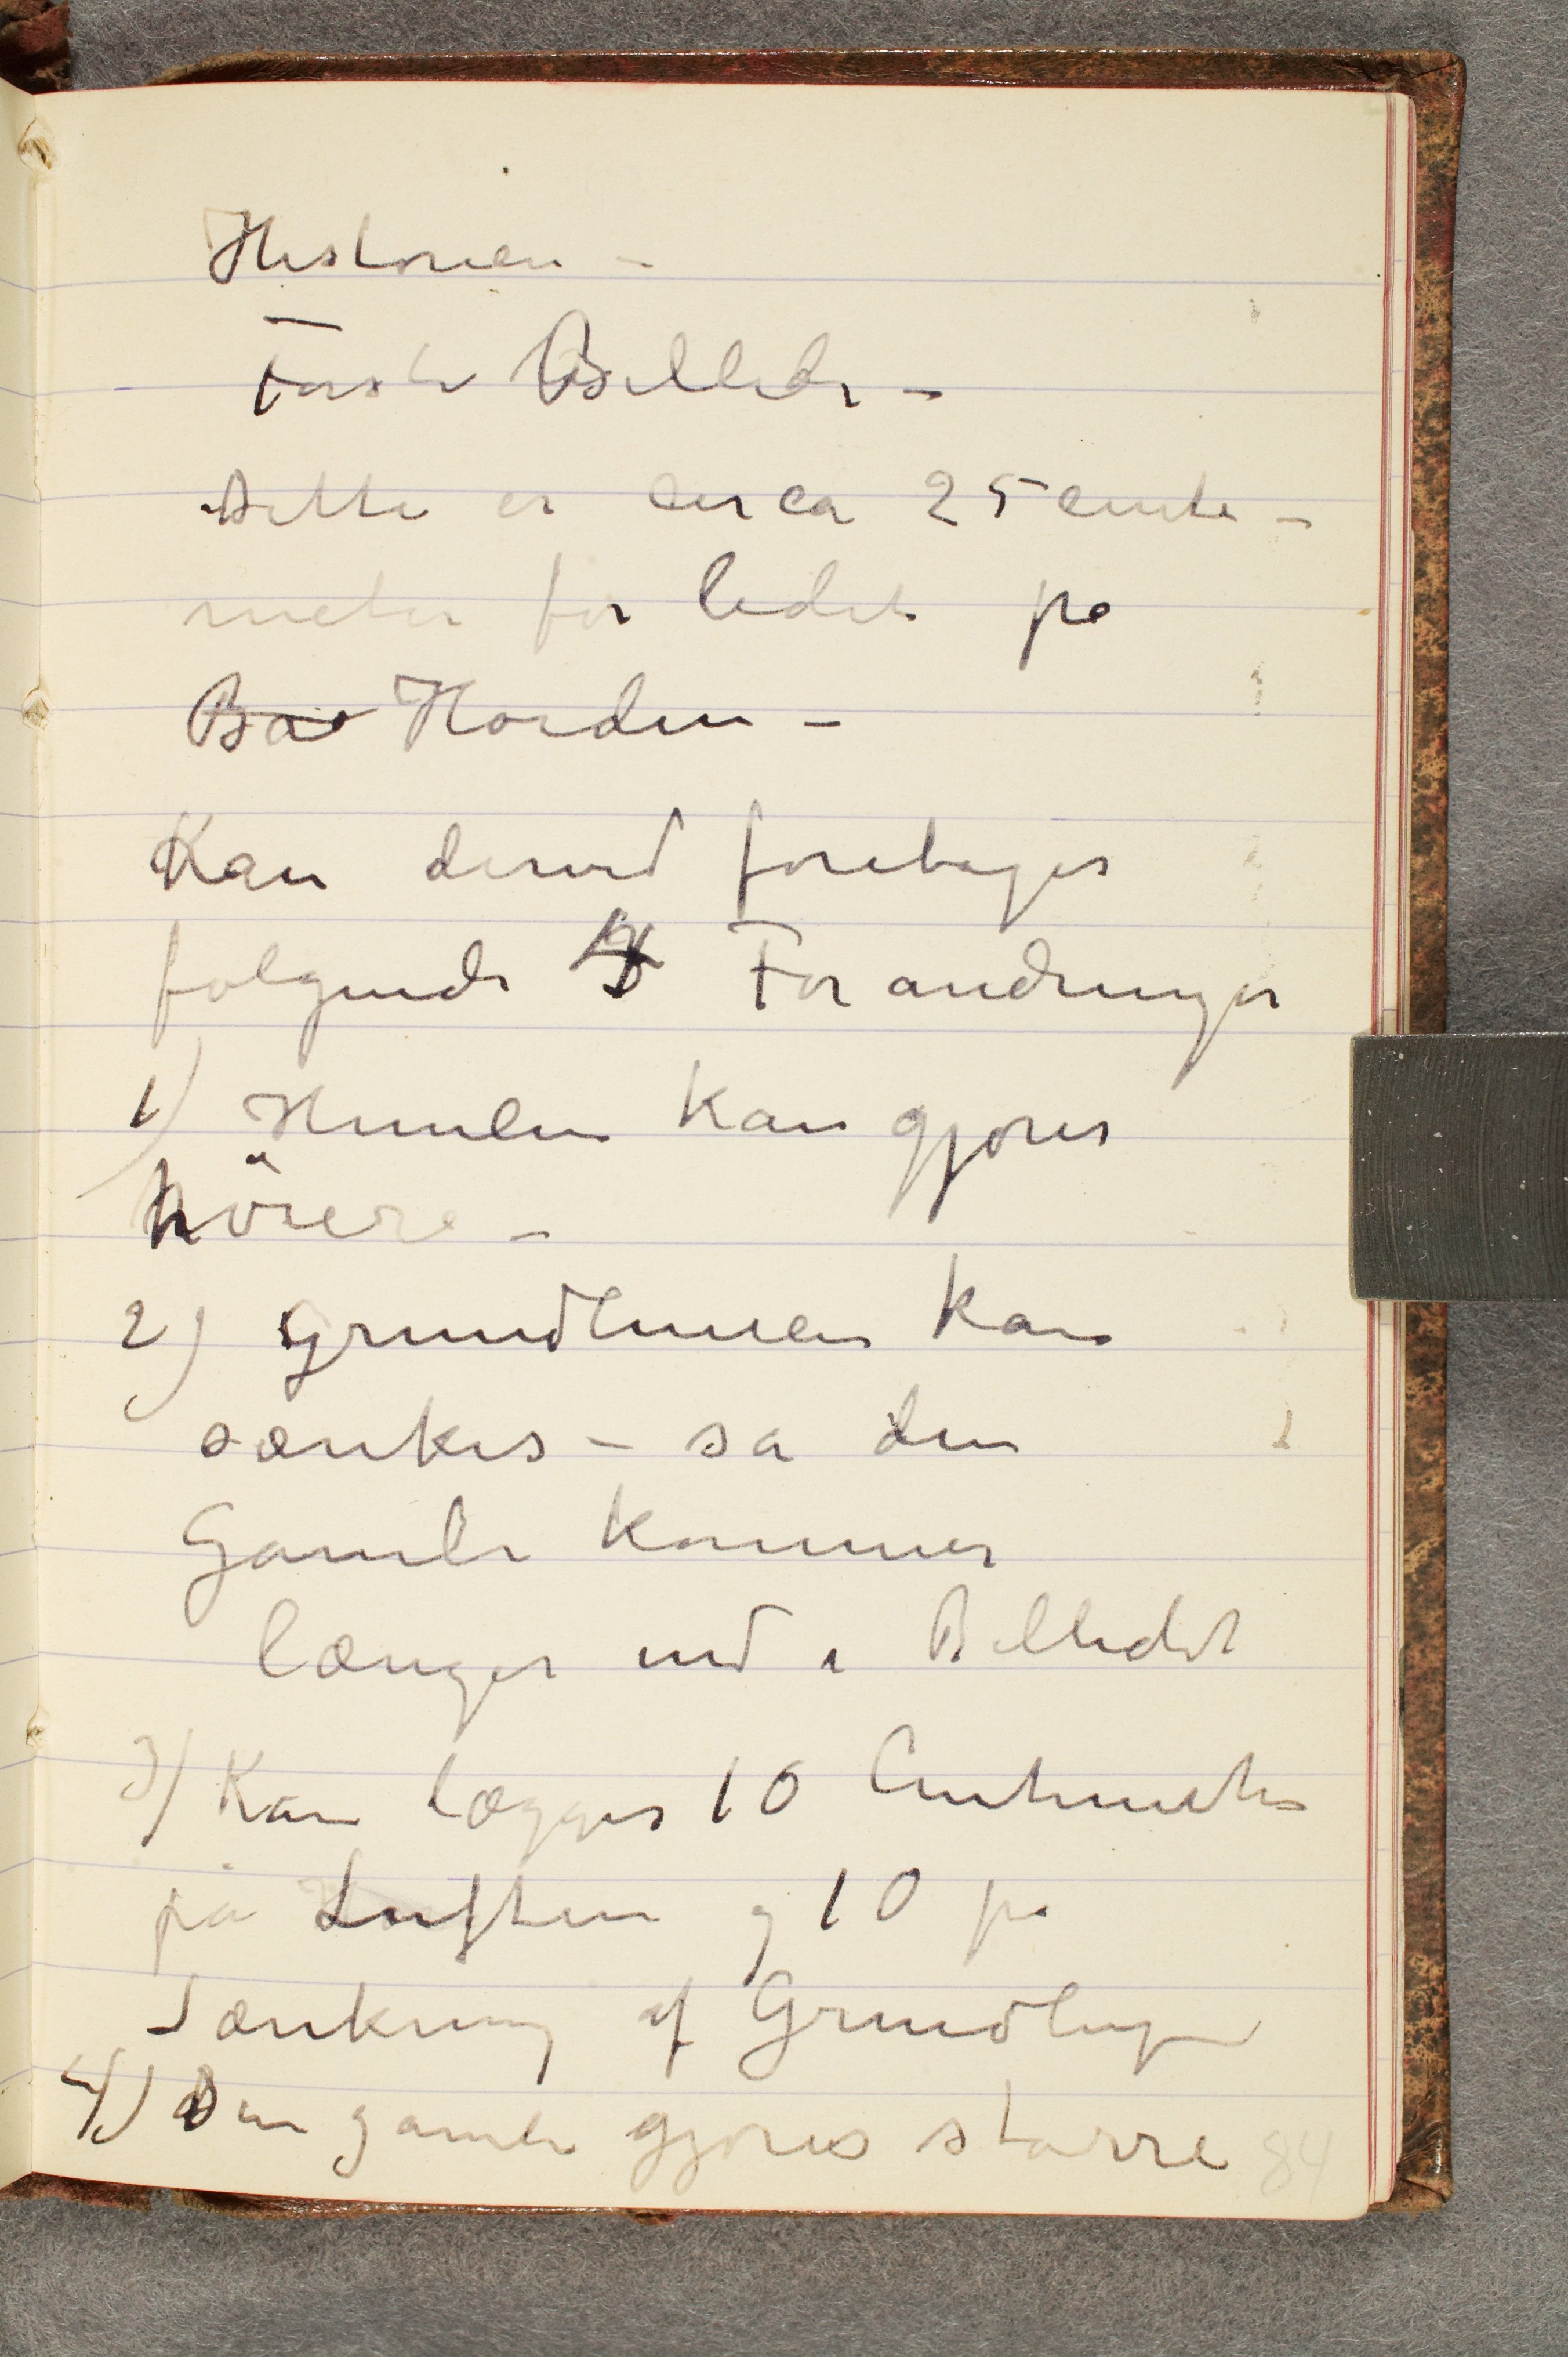
Historien –
første Billede –
Dette er circa 25 cite –
meter for lidet på
Ba Hoiden –
Han derved forebager
følgende  Forandringer
1 Henlen kan gjører
pviere
E Grundlenien kan
sænkes – så den
Jamle komer
længer end i Billedet
 kan lægges 10 Centmicke
på Luften i 10 på
Tænkun af Grundlige
 Den gamte gjores stårre